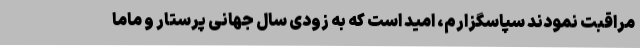
مراقبت نمودند سپاسگزارم، امید است که به زودی سال جهانی پرستار و ماما